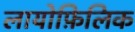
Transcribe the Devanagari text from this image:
लायोफ़िलिक